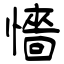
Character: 懎